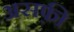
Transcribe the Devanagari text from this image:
असफ़ी